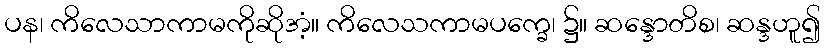
ပန၊ ကိလေသာကာမကိုဆိုအံ့။ ကိလေသကာမပက္ခေ၊ ၌။ ဆန္ဒောတိစ၊ ဆန္ဒဟူ၍